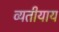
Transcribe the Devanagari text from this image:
व्यतीयाय